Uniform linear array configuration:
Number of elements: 24
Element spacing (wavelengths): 0.75
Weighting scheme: exponential
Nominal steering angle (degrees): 15
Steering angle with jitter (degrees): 15.431
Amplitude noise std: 0.05
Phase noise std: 0.05

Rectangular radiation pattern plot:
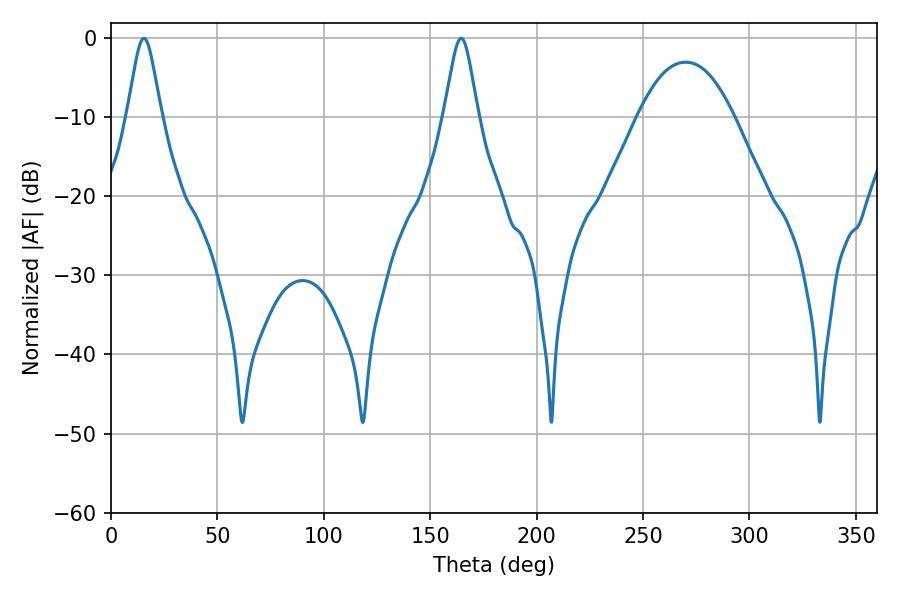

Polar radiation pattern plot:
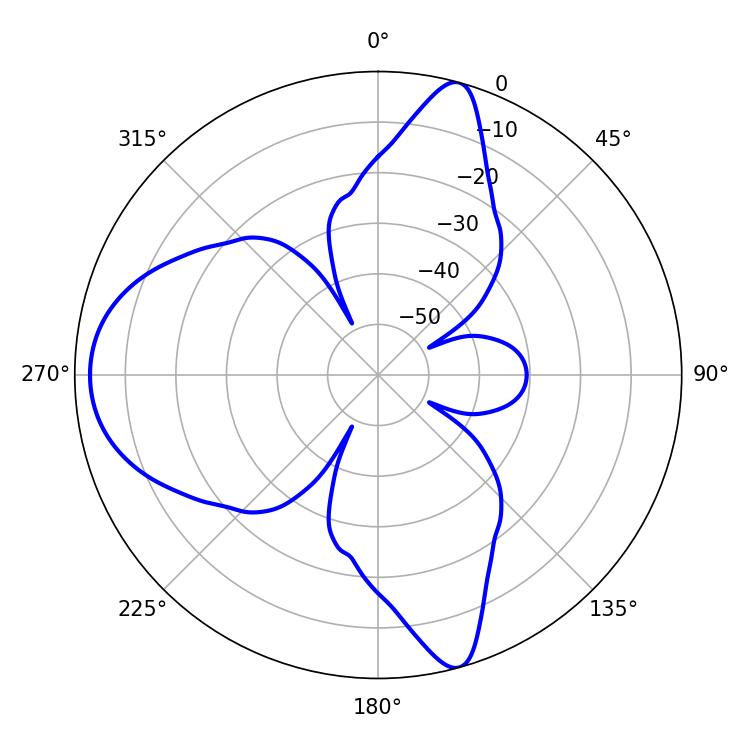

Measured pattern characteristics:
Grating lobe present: TRUE
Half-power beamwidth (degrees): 7.74
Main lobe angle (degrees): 15.48